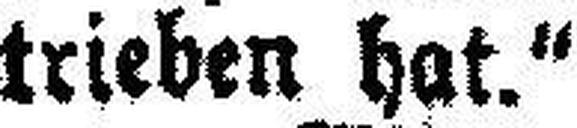
trieben hat.“